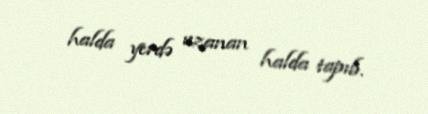
halda yerdə uzanan halda tapıb.